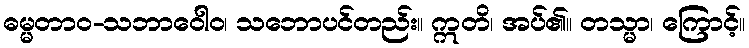
ဓမ္မတာဝ-သဘာဝေါဝ၊ သဘောပင်တည်း။ ဣတိ၊ အပ်၏။ တသ္မာ၊ ကြောင့်။